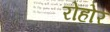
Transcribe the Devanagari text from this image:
रोहोर